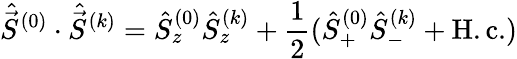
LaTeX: {\hat{\vec{S}}^{(0)}\cdot\hat{\vec{S}}^{(k)}}={\hat{S}_{z}^{(0)}\hat{S}_{z}^{(k)}+\frac{1}{2}(\hat{S}_{+}^{(0)}\hat{S}_{-}^{(k)}+\mathrm{H.c.})}